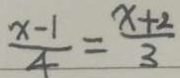
\frac { x - 1 } { 4 } = \frac { x + 2 } { 3 }